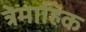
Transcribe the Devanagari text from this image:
त्रेमाहिक